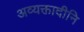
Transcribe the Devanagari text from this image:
अव्यक्तादीनि